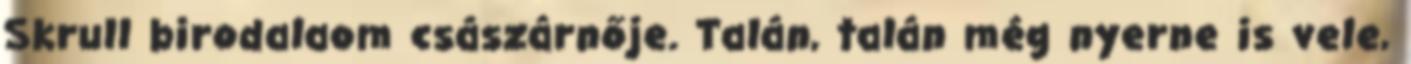
Skrull birodalaom császárnője. Talán, talán még nyerne is vele,